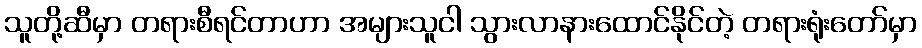
သူတို့ဆီမှာ တရားစီရင်တာဟာ အများသူငါ သွားလာနားထောင်နိုင်တဲ့ တရားရုံးတော်မှာ